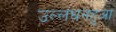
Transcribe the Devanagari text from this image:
उल्लंघनहुआ